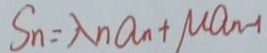
S _ { n } = \lambda n a _ { n } + M a _ { n - 1 }